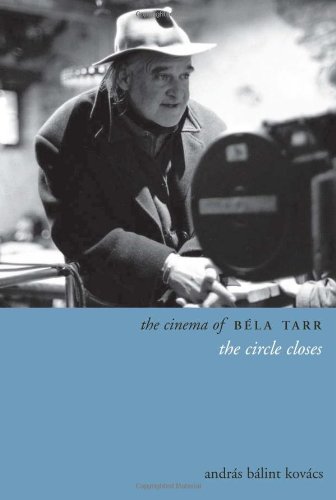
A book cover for The Cinema of BÃ©la Tarr: The Circle Closes (Directors' Cuts); AndrÃ¡s BÃ¡lint KovÃ¡cs; Humor & Entertainment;